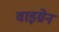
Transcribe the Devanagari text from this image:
वाइग्रेन